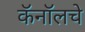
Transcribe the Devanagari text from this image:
कॅनॉलचे